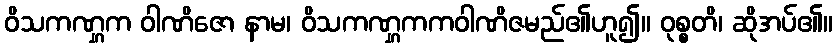
ဝိသကဏ္ဋက ဝါဏိဇော နာမ၊ ဝိသကဏ္ဋကကဝါဏိဇမည်၏ဟူ၍။ ဝုစ္စတိ၊ ဆိုအပ်၏။